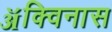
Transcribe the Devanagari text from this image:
ॲक्विनास